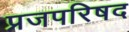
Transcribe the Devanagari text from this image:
प्रजपरिषद